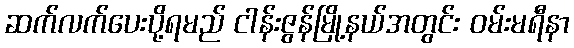
ဆက်လက်ပေးပို့ရမည် ငါန်းဇွန်မြို့နယ်အတွင်း ဝမ်းမရီနာ